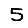
Digit: 5